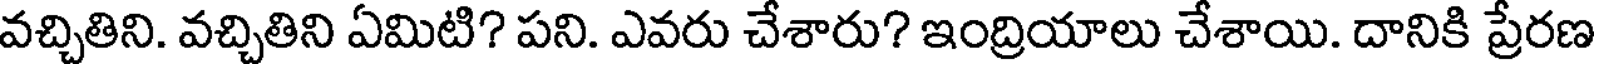
వచ్చితిని. వచ్చితిని ఏమిటి? పని. ఎవరు చేశారు? ఇంద్రియాలు చేశాయి. దానికి ప్రేరణ